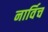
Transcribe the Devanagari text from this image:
नार्विच